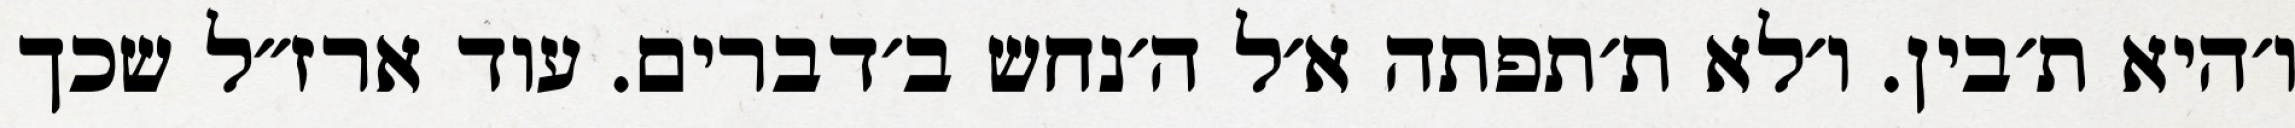
ו׳היא ת׳בין. ו׳לא ת׳תפתה א׳ל ה׳נחש ב׳דברים. עוד ארז״ל שכך